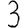
Digit: 3